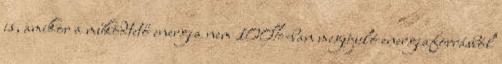
is, amikor a működtető energia nem 100%-ban megújuló energiaforrásból